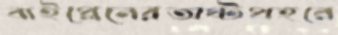
বাইপ্লেনেরঅষ্টপ্রহরে